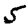
Digit: 5